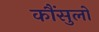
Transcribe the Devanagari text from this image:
कौंसुलों